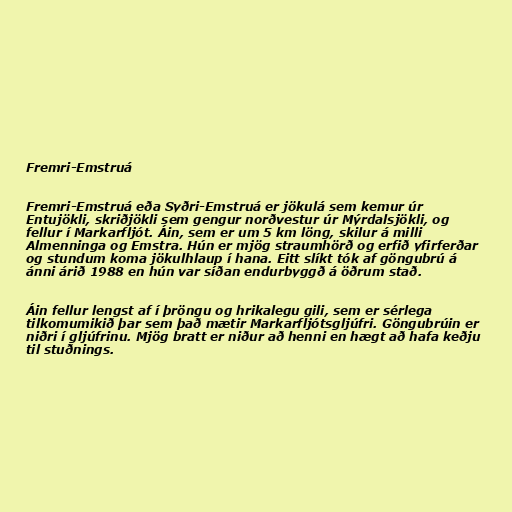
Fremri-Emstruá

Fremri-Emstruá eða Syðri-Emstruá er jökulá sem kemur úr
Entujökli, skriðjökli sem gengur norðvestur úr Mýrdalsjökli, og
fellur í Markarfljót. Áin, sem er um 5 km löng, skilur á milli
Almenninga og Emstra. Hún er mjög straumhörð og erfið yfirferðar
og stundum koma jökulhlaup í hana. Eitt slíkt tók af göngubrú á
ánni árið 1988 en hún var síðan endurbyggð á öðrum stað.

Áin fellur lengst af í þröngu og hrikalegu gili, sem er sérlega
tilkomumikið þar sem það mætir Markarfljótsgljúfri. Göngubrúin er
niðri í gljúfrinu. Mjög bratt er niður að henni en hægt að hafa keðju
til stuðnings.